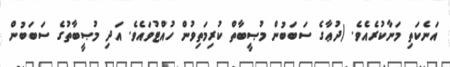
އަނެކަތި މަނާކުރެއެވެ. (ދުޢާގެ ސަބަބުން މުޞީބާތް ކުރިމަތިވުން ހުއްޓުވައެވެ. އަދި މުޞީބާތުގެ ސަބަބުން